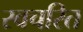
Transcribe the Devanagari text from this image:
स्वचरित